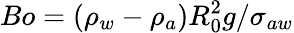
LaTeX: Bo=({\rho}_{w}-{\rho}_{a})R_{0}^{2}g/{\sigma}_{aw}